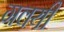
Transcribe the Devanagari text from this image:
गवयी